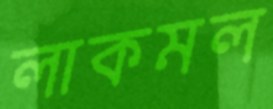
লাকমল